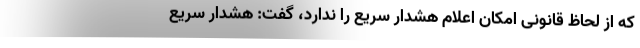
که از لحاظ قانونی امکان اعلام هشدار سریع را ندارد، گفت: هشدار سریع